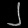
Digit: ၂